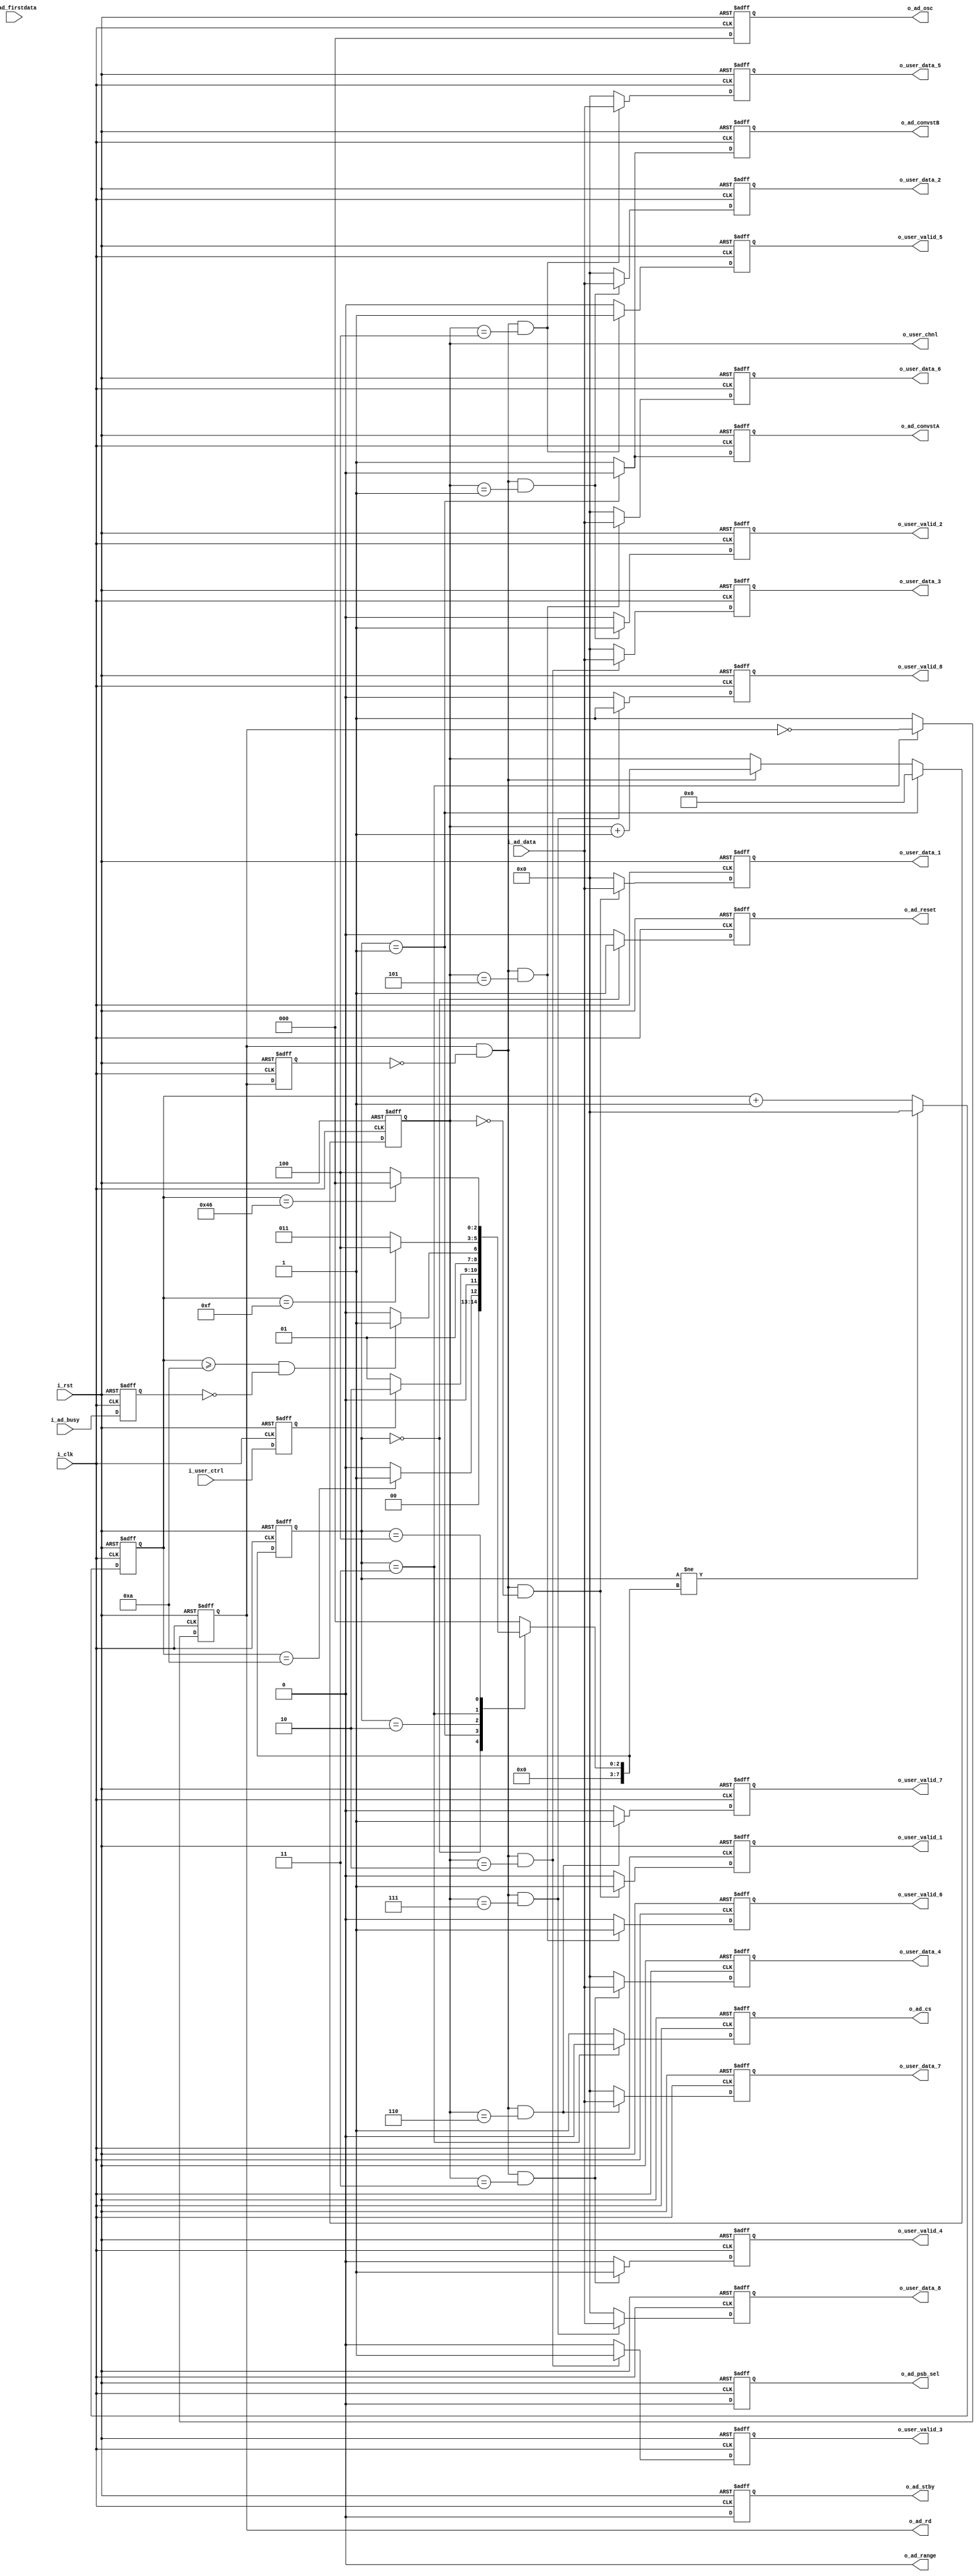
`timescale 1ns / 1ps
//////////////////////////////////////////////////////////////////////////////////
// Company: 
// Engineer: 
// 
// Design Name: 
// Module Name: AD7606_drive
// Project Name: 
// Target Devices: 
// Tool Versions: 
// Description: 
// 
// Dependencies: 
// 
// Revision:
// Revision 0.01 - File Created
// Additional Comments:
// 
//////////////////////////////////////////////////////////////////////////////////


module AD7606_drive#(
    parameter       P_RANGE = 0
)(
    input           i_clk           ,//50MHz 1 cycle = 20ns
    input           i_rst           ,
    /*------user interface------*/
    input           i_user_ctrl     ,
    output  [3 :0]  o_user_chnl     ,
    output  [15:0]  o_user_data_1   ,
    output          o_user_valid_1  ,
    output  [15:0]  o_user_data_2   ,
    output          o_user_valid_2  ,
    output  [15:0]  o_user_data_3   ,
    output          o_user_valid_3  ,
    output  [15:0]  o_user_data_4   ,
    output          o_user_valid_4  ,
    output  [15:0]  o_user_data_5   ,
    output          o_user_valid_5  ,
    output  [15:0]  o_user_data_6   ,
    output          o_user_valid_6  ,
    output  [15:0]  o_user_data_7   ,
    output          o_user_valid_7  ,
    output  [15:0]  o_user_data_8   ,
    output          o_user_valid_8  ,
    
    /*------AD7606 interface------*/
    output          o_ad_psb_sel    ,
    output          o_ad_stby       ,
    output          o_ad_range      ,
    output  [2 :0]  o_ad_osc        ,
    output          o_ad_reset      ,
    output          o_ad_convstA    ,
    output          o_ad_convstB    ,
    output          o_ad_cs         ,
    output          o_ad_rd         ,
    input           i_ad_busy       ,
    input           i_ad_firstdata  ,
    input   [15:0]  i_ad_data       
);
/******************************function***************************/

/******************************parameter**************************/
localparam      P_ST_RESET  =   0,
                P_ST_CONVST =   1,
                P_ST_BUSY   =   2,
                P_ST_READ   =   3,
                P_ST_WAIT   =   4;
/******************************port*******************************/

/******************************machine****************************/
reg  [7 :0]     r_st_cur        ;
reg  [7 :0]     r_st_nxt        ;
reg  [15:0]     r_st_cnt        ;
/******************************reg********************************/
reg             ri_user_ctrl    ;
reg  [3 :0]     ro_user_chnl    ;
reg             ro_ad_psb_sel   ;
reg             ro_ad_stby      ;
reg  [2 :0]     ro_ad_osc       ;
reg             ro_ad_reset     ;
reg             ro_ad_convstA   ;
reg             ro_ad_convstB   ;
reg             ro_ad_cs        ;
reg             ro_ad_rd        ;
reg             ro_ad_rd_1d     ;
reg             ri_ad_busy      ;
reg             ri_ad_firstdata ;
reg  [15:0]     ri_ad_data      ;

reg  [15:0]     ro_user_data_1  ;
reg             ro_user_valid_1 ;
reg  [15:0]     ro_user_data_2  ;
reg             ro_user_valid_2 ;
reg  [15:0]     ro_user_data_3  ;
reg             ro_user_valid_3 ;
reg  [15:0]     ro_user_data_4  ;
reg             ro_user_valid_4 ;
reg  [15:0]     ro_user_data_5  ;
reg             ro_user_valid_5 ;
reg  [15:0]     ro_user_data_6  ;
reg             ro_user_valid_6 ;
reg  [15:0]     ro_user_data_7  ;
reg             ro_user_valid_7 ;
reg  [15:0]     ro_user_data_8  ;
reg             ro_user_valid_8 ;

/******************************wire*******************************/

/******************************component**************************/

/******************************assign*****************************/
assign  o_user_chnl     =   ro_user_chnl    ;
assign  o_ad_psb_sel    =   ro_ad_psb_sel   ;
assign  o_ad_stby       =   ro_ad_stby      ;
assign  o_ad_range      =   P_RANGE         ;
assign  o_ad_osc        =   ro_ad_osc       ;
assign  o_ad_reset      =   ro_ad_reset     ;
assign  o_ad_convstA    =   ro_ad_convstA   ;
assign  o_ad_convstB    =   ro_ad_convstB   ;
assign  o_ad_cs         =   ro_ad_cs        ;
assign  o_ad_rd         =   ro_ad_rd        ;
 
assign  o_user_data_1   =   ro_user_data_1  ;
assign  o_user_valid_1  =   ro_user_valid_1 ;
assign  o_user_data_2   =   ro_user_data_2  ;
assign  o_user_valid_2  =   ro_user_valid_2 ;
assign  o_user_data_3   =   ro_user_data_3  ;
assign  o_user_valid_3  =   ro_user_valid_3 ;
assign  o_user_data_4   =   ro_user_data_4  ;
assign  o_user_valid_4  =   ro_user_valid_4 ;
assign  o_user_data_5   =   ro_user_data_5  ;
assign  o_user_valid_5  =   ro_user_valid_5 ;
assign  o_user_data_6   =   ro_user_data_6  ;
assign  o_user_valid_6  =   ro_user_valid_6 ;
assign  o_user_data_7   =   ro_user_data_7  ;
assign  o_user_valid_7  =   ro_user_valid_7 ;
assign  o_user_data_8   =   ro_user_data_8  ;
assign  o_user_valid_8  =   ro_user_valid_8 ; 
/******************************always*****************************/
always @(posedge i_clk or posedge i_rst)begin
    if(i_rst)
        r_st_cur <= P_ST_RESET;
    else
        r_st_cur <= r_st_nxt;
end

always @(*)begin
    case(r_st_cur)
        P_ST_RESET  : r_st_nxt = r_st_cnt == 10                 ? P_ST_CONVST   : P_ST_RESET    ;
        P_ST_CONVST : r_st_nxt = ri_user_ctrl                   ? P_ST_BUSY     : P_ST_CONVST   ;
        P_ST_BUSY   : r_st_nxt = r_st_cnt >= 10 && !ri_ad_busy  ? P_ST_READ     : P_ST_BUSY     ;
        P_ST_READ   : r_st_nxt = r_st_cnt == 16 - 1             ? P_ST_WAIT     : P_ST_READ     ;
        P_ST_WAIT   : r_st_nxt = r_st_cnt == 70                 ? P_ST_RESET    : P_ST_WAIT     ;
        default     : r_st_nxt = P_ST_RESET;
    endcase
end

always @(posedge i_clk or posedge i_rst)begin
    if(i_rst)
        r_st_cnt <= 'd0;
    else if(r_st_cur != r_st_nxt)
        r_st_cnt <= 'd0;
    else 
        r_st_cnt <= r_st_cnt + 1;
end
//AD7606
always @(posedge i_clk or posedge i_rst)begin
    if(i_rst)
        ri_user_ctrl <= 'd0;
    else
        ri_user_ctrl <= i_user_ctrl;
end
// p s b
always @(posedge i_clk or posedge i_rst)begin
    if(i_rst)
        ro_ad_psb_sel <= 'd0;
    else
        ro_ad_psb_sel <= 'd0;
end
//
always @(posedge i_clk or posedge i_rst)begin
    if(i_rst)
        ro_ad_stby <= 'd0;
    else
        ro_ad_stby <= 'd0;
end
//
always @(posedge i_clk or posedge i_rst)begin
    if(i_rst)
        ro_ad_osc <= 'd0;
    else
        ro_ad_osc <= 'd0;
end
//
always @(posedge i_clk or posedge i_rst)begin
    if(i_rst) 
        ri_ad_busy      <= 'd0;
    else 
        ri_ad_busy      <= i_ad_busy     ;
end
//
always @(posedge i_clk or posedge i_rst)begin
    if(i_rst)
        ro_ad_reset <= 'd1;
    else if(r_st_cur == P_ST_RESET)
        ro_ad_reset <= 'd1;
    else
        ro_ad_reset <= 'd0;
end
// A0-3 B4-7
always @(posedge i_clk or posedge i_rst)begin
    if(i_rst)begin
        ro_ad_convstA <= 'd1;
        ro_ad_convstB <= 'd1;
    end
    else if(r_st_cur == P_ST_CONVST)begin
        ro_ad_convstA <= 'd0;
        ro_ad_convstB <= 'd0;
    end
    else begin
        ro_ad_convstA <= 'd1;
        ro_ad_convstB <= 'd1;    
    end
end
//
always @(posedge i_clk or posedge i_rst)begin
    if(i_rst)
        ro_ad_cs <= 'd1;
    else if(r_st_cur == P_ST_READ)
        ro_ad_cs <= 'd0;
    else
        ro_ad_cs <= 'd1;
end
//
always @(posedge i_clk or posedge i_rst)begin
    if(i_rst)
        ro_ad_rd <= 'd1;
    else if(r_st_cur == P_ST_READ)
        ro_ad_rd <= ~ro_ad_rd;
    else
        ro_ad_rd <= 'd1;
end

always @(posedge i_clk or posedge i_rst)begin
    if(i_rst)
        ro_ad_rd_1d <= 'd1;
    else
        ro_ad_rd_1d <= ro_ad_rd;
end
//   
always @(posedge i_clk or posedge i_rst)begin
    if(i_rst)
        ri_ad_data <= 'd0;
    else if(ro_ad_rd && !ro_ad_rd_1d)
        ri_ad_data <= i_ad_data;
    else
        ri_ad_data <= ri_ad_data;
end
//
always @(posedge i_clk or posedge i_rst)begin
    if(i_rst)
        ri_ad_firstdata <= 'd0;
    else if(ro_ad_rd && !ro_ad_rd_1d)
        ri_ad_firstdata <= i_ad_firstdata;
    else
        ri_ad_firstdata <= 'd0;
end
//
always @(posedge i_clk or posedge i_rst)begin
    if(i_rst)
        ro_user_chnl <= 'd0;
    else if(r_st_cur == P_ST_CONVST)
        ro_user_chnl <= 'd0;
    else if(ro_ad_rd && !ro_ad_rd_1d)
        ro_user_chnl <= ro_user_chnl + 1;
    else
        ro_user_chnl <= ro_user_chnl;
end


always@(posedge i_clk,posedge i_rst)
begin
    if(i_rst)
        ro_user_data_1 <= 'd0;
    else if(ro_ad_rd && !ro_ad_rd_1d && ro_user_chnl == 0)
        ro_user_data_1 <= i_ad_data;
    else    
        ro_user_data_1 <= 'd0;
end

always@(posedge i_clk,posedge i_rst)
begin
    if(i_rst) 
        ro_user_data_2 <= 'd0;
    else if(ro_ad_rd && !ro_ad_rd_1d && ro_user_chnl == 1)
        ro_user_data_2 <= i_ad_data;
    else    
        ro_user_data_2 <= 'd0;
end

always@(posedge i_clk,posedge i_rst)
begin
    if(i_rst)
        ro_user_data_3 <= 'd0;
    else if(ro_ad_rd && !ro_ad_rd_1d && ro_user_chnl == 2)
        ro_user_data_3 <= i_ad_data;
    else    
        ro_user_data_3 <= 'd0;
end

always@(posedge i_clk,posedge i_rst)
begin
    if(i_rst)
        ro_user_data_4 <= 'd0;
    else if(ro_ad_rd && !ro_ad_rd_1d && ro_user_chnl == 3)
        ro_user_data_4 <= i_ad_data;
    else    
        ro_user_data_4 <= 'd0;
end

always@(posedge i_clk,posedge i_rst)
begin
    if(i_rst)
        ro_user_data_5 <= 'd0;
    else if(ro_ad_rd && !ro_ad_rd_1d && ro_user_chnl == 4)
        ro_user_data_5 <= i_ad_data;
    else    
        ro_user_data_5 <= 'd0;
end

always@(posedge i_clk,posedge i_rst)
begin
    if(i_rst)
        ro_user_data_6 <= 'd0;
    else if(ro_ad_rd && !ro_ad_rd_1d && ro_user_chnl == 5)
        ro_user_data_6 <= i_ad_data;
    else    
        ro_user_data_6 <= 'd0;
end

always@(posedge i_clk,posedge i_rst)
begin
    if(i_rst)
        ro_user_data_7 <= 'd0;
    else if(ro_ad_rd && !ro_ad_rd_1d && ro_user_chnl == 6)
        ro_user_data_7 <= i_ad_data;
    else    
        ro_user_data_7 <= 'd0;
end

always@(posedge i_clk,posedge i_rst)
begin
    if(i_rst)
        ro_user_data_8 <= 'd0;
    else if(ro_ad_rd && !ro_ad_rd_1d && ro_user_chnl == 7)
        ro_user_data_8 <= i_ad_data;
    else    
        ro_user_data_8 <= 'd0;
end

always@(posedge i_clk,posedge i_rst)
begin
    if(i_rst)
        ro_user_valid_1 <= 'd0;
    else if(ro_ad_rd && !ro_ad_rd_1d && ro_user_chnl == 0)
        ro_user_valid_1 <= 'd1;
    else    
        ro_user_valid_1 <= 'd0;
end

always@(posedge i_clk,posedge i_rst)
begin
    if(i_rst)
        ro_user_valid_2 <= 'd0;
    else if(ro_ad_rd && !ro_ad_rd_1d && ro_user_chnl == 1)
        ro_user_valid_2 <= 'd1;
    else    
        ro_user_valid_2 <= 'd0;
end

always@(posedge i_clk,posedge i_rst)
begin
    if(i_rst)
        ro_user_valid_3 <= 'd0;
    else if(ro_ad_rd && !ro_ad_rd_1d && ro_user_chnl == 2)
        ro_user_valid_3 <= 'd1;
    else    
        ro_user_valid_3 <= 'd0;
end

always@(posedge i_clk,posedge i_rst)
begin
    if(i_rst)
        ro_user_valid_4 <= 'd0;
    else if(ro_ad_rd && !ro_ad_rd_1d && ro_user_chnl == 3)
        ro_user_valid_4 <= 'd1;
    else    
        ro_user_valid_4 <= 'd0;
end

always@(posedge i_clk,posedge i_rst)
begin
    if(i_rst)
        ro_user_valid_5 <= 'd0;
    else if(ro_ad_rd && !ro_ad_rd_1d && ro_user_chnl == 4)
        ro_user_valid_5 <= 'd1;
    else    
        ro_user_valid_5 <= 'd0;
end

always@(posedge i_clk,posedge i_rst)
begin
    if(i_rst)
        ro_user_valid_6 <= 'd0;
    else if(ro_ad_rd && !ro_ad_rd_1d && ro_user_chnl == 5)
        ro_user_valid_6 <= 'd1;
    else    
        ro_user_valid_6 <= 'd0;
end

always@(posedge i_clk,posedge i_rst)
begin
    if(i_rst)
        ro_user_valid_7 <= 'd0;
    else if(ro_ad_rd && !ro_ad_rd_1d && ro_user_chnl == 6)
        ro_user_valid_7 <= 'd1;
    else    
        ro_user_valid_7 <= 'd0;
end

always@(posedge i_clk,posedge i_rst)
begin
    if(i_rst)
        ro_user_valid_8 <= 'd0;
    else if(ro_ad_rd && !ro_ad_rd_1d && ro_user_chnl == 7)
        ro_user_valid_8 <= 'd1;
    else    
        ro_user_valid_8 <= 'd0;
end

endmodule